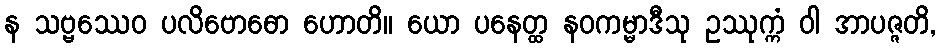
န သဗ္ဗဿေဝ ပလိဗောဓော ဟောတိ။ ယော ပနေတ္ထ နဝကမ္မာဒီသု ဥဿုက္ကံ ဝါ အာပဇ္ဇတိ,